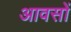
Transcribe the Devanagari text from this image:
आवसों